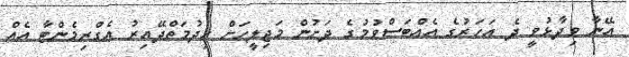
އޭނާ ވިދާޅުވީ ދެ އަހަރުގެ އެއްބަސްވުމުގެ ދަށުން މަޖިލީހަށް ހިދުމަތްދޭއިރު އެގްރިމެންޓާ އެއް